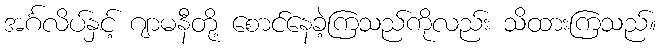
အင်္ဂလိပ်နှင့် ဂျာမနီတို့ စောင်နေခဲ့ကြသည်ကိုလည်း သိထားကြသည်။